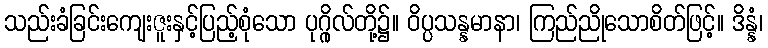
သည်းခံခြင်းကျေးဇူးနှင့်ပြည့်စုံသော ပုဂ္ဂိုလ်တို့၌။ ဝိပ္ပသန္နမာနာ၊ ကြည်ညိုသောစိတ်ဖြင့်။ ဒိန္နံ၊